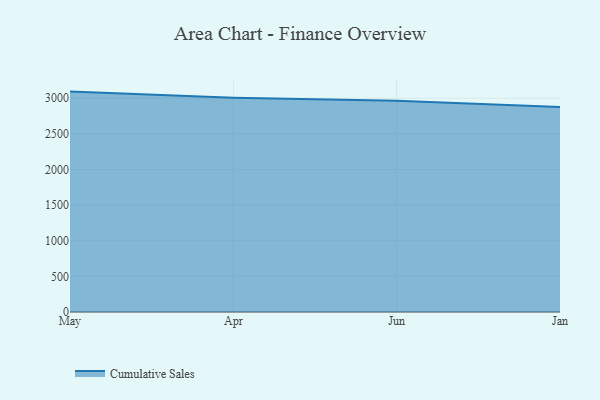
{"axis": {"x": "Month", "y": "Operating Costs (USD K)"}, "legend": ["Cumulative Sales"], "data": [{"x": "May", "y": 3092.3, "type": "Cumulative Sales"}, {"x": "Apr", "y": 3005.9, "type": "Cumulative Sales"}, {"x": "Jun", "y": 2962.4, "type": "Cumulative Sales"}, {"x": "Jan", "y": 2876.0, "type": "Cumulative Sales"}]}